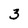
Character: 3